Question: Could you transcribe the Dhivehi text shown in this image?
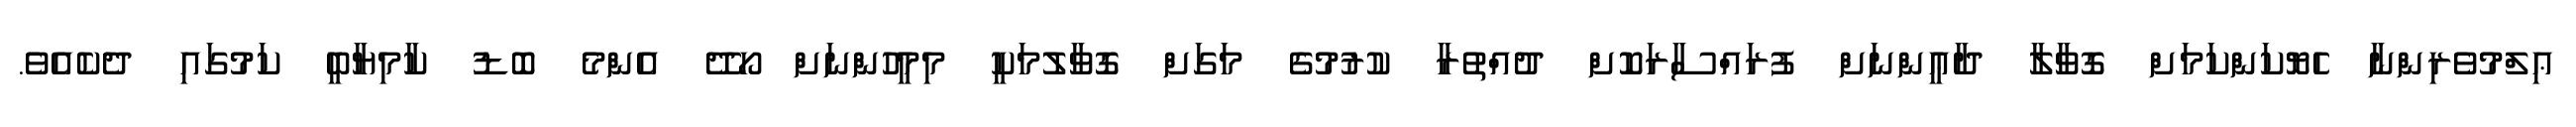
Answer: ޢިލްމުވެރިންނާ ހެޔޮކަންކަމަށް ގޮވާލާ ދާޢީންނަށް ފުރައްސާރަކޮށް ދުއްތުރާ ކުރުމުގެ މަގަށް ގޮވާލުމަކީ މިމީހުންނަށް ހޯދޭ އެންމެ ބޮޑު ކާމިޔާބީ ކަމުގައި ދެކެއެވެ.